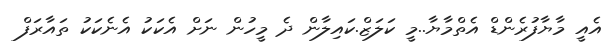
އެއީ މާޔާފުރެންޑް އެތްމާޔާ..މީ ކަލަޒް.ކައިލާން ދެ މީހުން ނަށް އެކަކު އެނެކަކު ތައާރަފް